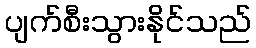
ပျက်စီးသွားနိုင်သည်